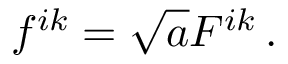
f ^ { i k } = \sqrt { a } F ^ { i k } \, .